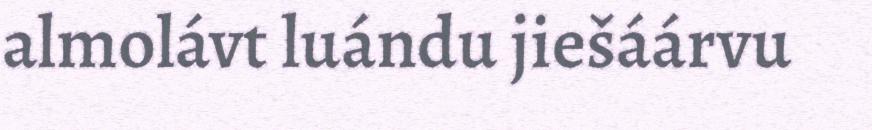
almolávt luándu jiešáárvu